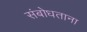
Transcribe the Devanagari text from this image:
संबोधताना